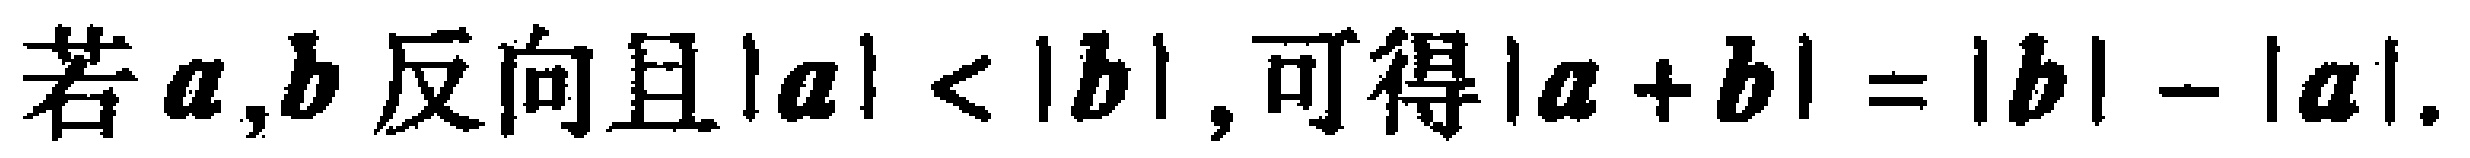
若\(\boldsymbol{a},\boldsymbol{b}\)反向且\(|\boldsymbol{a}|<|\boldsymbol{b}|\),可得\(|\boldsymbol{a}+\boldsymbol{b}| = |\boldsymbol{b}| - |\boldsymbol{a}|\).